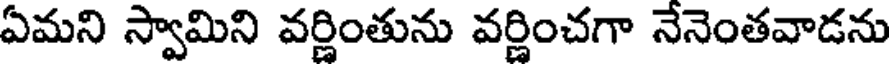
ఏమని స్వామిని వర్ణింతును వర్ణించగా నేనెంతవాడను